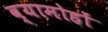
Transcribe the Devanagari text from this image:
व्यामोहों